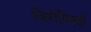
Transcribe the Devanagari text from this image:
जिरोदिस्तों